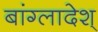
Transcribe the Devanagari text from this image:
बांग्लादेश्